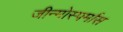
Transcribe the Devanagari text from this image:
जीन्मोस्पर्मास